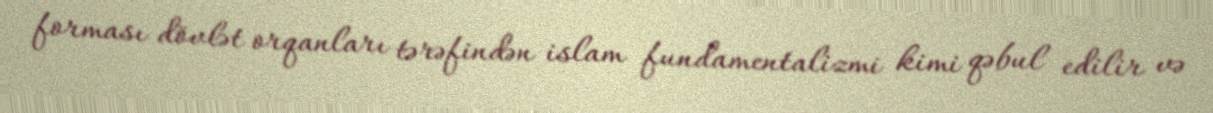
forması dövlət orqanları tərəfindən islam fundamentalizmi kimi qəbul edilir və